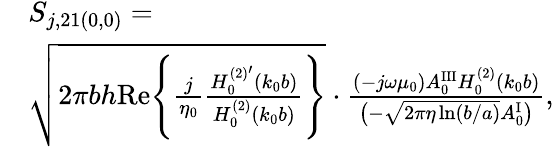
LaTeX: \begin{array}{rl}&{S_{j,21(0,0)}=}\\ &{\sqrt{2\pi bh\mathrm{Re}\Bigg\{ \frac{j}{\eta_{0}}\frac{H_{0}^{(2)^{\prime}}(k_{0}b)}{H_{0}^{(2)}(k_{0}b)}\Bigg\} }\cdot\frac{(-j\omega\mu_{0})A_{0}^{\mathrm{III}}H_{0}^{(2)}(k_{0}b)}{\big(-\sqrt{2\pi\eta\ln(b/a)}A_{0}^{\mathrm{I}}\big)},}\end{array}